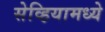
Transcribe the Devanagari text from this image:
सेव्हियामध्ये